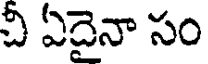
చీ ఏదైనా సం